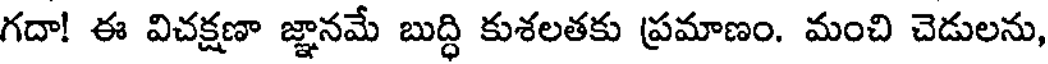
గదా! ఈ విచక్షణా జ్ఞానమే బుద్ధి కుశలతకు ప్రమాణం. మంచి చెడులను,